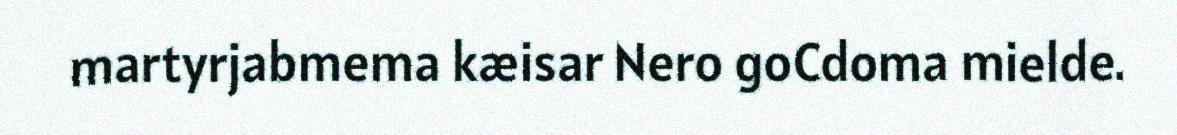
martyrjabmema kæisar Nero goCdoma mielde.